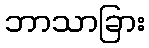
ဘာသာခြား